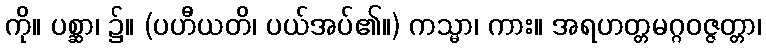
ကို။ ပစ္ဆာ၊ ၌။ (ပဟီယတိ၊ ပယ်အပ်၏။) ကသ္မာ၊ ကား။ အရဟတ္တမဂ္ဂဝဇ္ဇတ္တာ၊